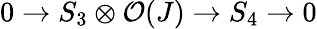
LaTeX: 0\rightarrow S_{3}\otimes{\cal O}(J)\rightarrow S_{4}\rightarrow 0